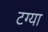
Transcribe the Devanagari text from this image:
टग्या